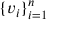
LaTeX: \{ v _ { i } \} _ { i = 1 } ^ { n }